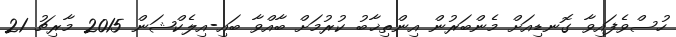
ހުސްވެފައިވާ ގޮނޑިއަށް މެންބަރުން އިންތިޚާބު ކުރުމަށް ބާއްވާ ބައި-އިލެކްޝަން 2015 މާރިޗު 21